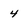
Character: 4